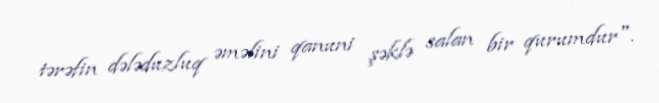
tərəfin dələduzluq əməlini qanuni şəklə salan bir qurumdur".